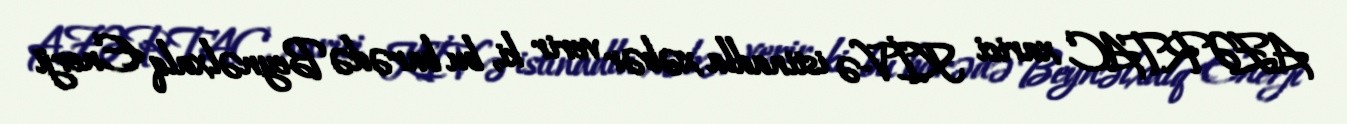
AZƏRTAC xarici KİV-ə istinadla xəbər verir ki, bu barədə Beynəlxalq Enerji